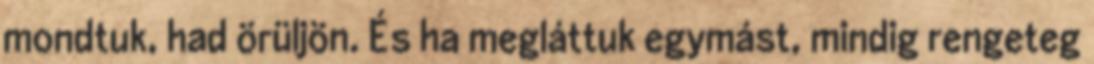
mondtuk, had örüljön. És ha megláttuk egymást, mindig rengeteg